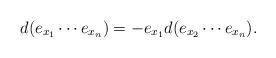
LaTeX: \begin{align*}d (e_{x_1}\cdots e_{x_n}) &=-e_{x_1}d (e_{x_2}\cdots e_{x_n}).\end{align*}